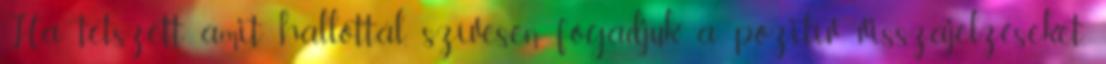
Ha tetszett amit hallottál, szívesen fogadjuk a pozitív visszajelzéseket.